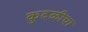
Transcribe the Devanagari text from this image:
कुदळीचा